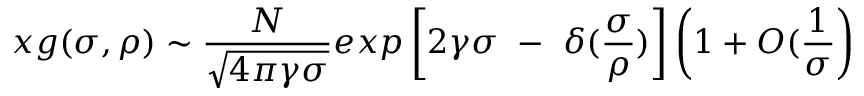
x g ( \sigma , \rho ) \sim { \frac { N } { \sqrt { 4 \pi \gamma \sigma } } } e x p \left[ 2 \gamma \sigma ~ - ~ \delta ( { \frac { \sigma } { \rho } } ) \right] \left( 1 + O ( { \frac { 1 } { \sigma } } \right)